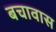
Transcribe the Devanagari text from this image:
बचावास